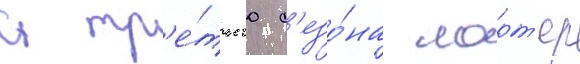
С тр'е́тьего с'езо́на ларт'ер